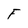
Character: F